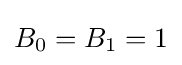
B_{0}=B_{1}=1